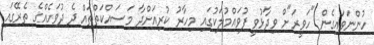
ހުންނަވައިގެން "ހަވީރަ"ށް ވިދާޅުވީ ފުވައްމުލަކުގައި މިހާރު ކުރިއަށްދާ މަސައްކަތްތައް ދެ ދުވަހެއްގެ ތެރޭގައި